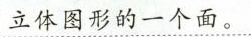
立体图形的一个面。